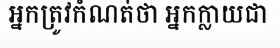
អ្នកត្រូវកំណត់ថា អ្នកក្លាយជា